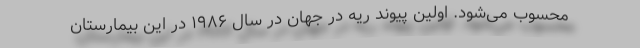
محسوب می‌شود. اولین پیوند ریه در جهان در سال ۱۹۸۶ در این بیمارستان